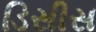
ડિસીસ